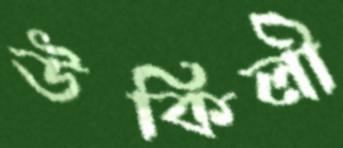
উকিলী